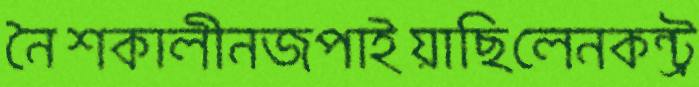
নৈশকালীনজপাইয়াছিলেনকন্ট্র